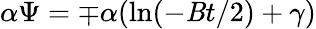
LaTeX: \alpha\Psi=\mp\alpha(\ln(-\mathit{B}t/2)+\gamma)